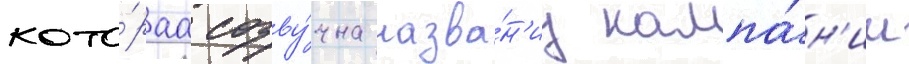
кото́раа созву́чна назва́н'иу кампа́н'ии